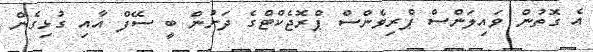
އެ ގޮތުން ވައިލަންސް ޕްރިވެންސް ޕްރޮޖެކްޓްގެ ދަށުން ބީ ސޭފް އާއި ގުޅިގެން